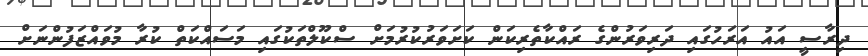
ދިރާސީ އައު އަރަހުގައި ދަރިވަރުންގެ ރައްކާތެރިކަން ކަށަވަރުކުރުމަށް ސްކޫލްތަކުގައި މަސައްކަތް ކުރާ މުވައްޒަފުންނަށް